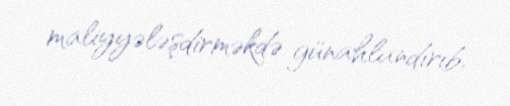
maliyyələşdirməkdə günahlandırıb.